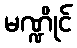
မဏ္ဍိုင်